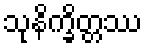
သုနိက္ခိတ္တဿ